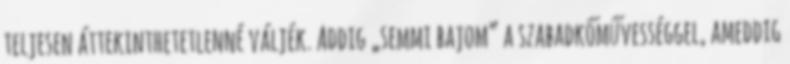
teljesen át­te­kinthetetlenné váljék. Addig „semmi bajom” a sza­badkőművességgel, ameddig